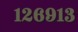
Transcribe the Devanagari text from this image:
१२६९१३